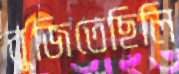
বুজিতেছিলি